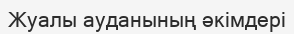
Жуалы ауданының әкімдері